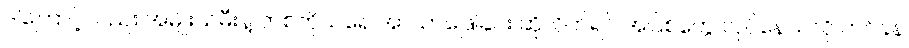
ဒါကြောင့်လည်း အမျိုးသမီးနဲ့ တစ်ကိုယ်ရေ အာသာဖြေခြင်း ဆိုလိုက်ရင် အပြစ်တွေ လုပ်နေသလို ဟင်ခနဲ